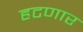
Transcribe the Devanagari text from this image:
हटणार